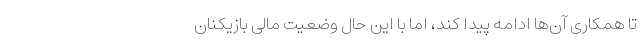
تا همکاری آن‌ها ادامه پیدا کند، اما با این حال وضعیت مالی بازیکنان